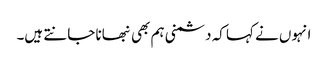
انہوں نے کہا کہ دشمنی ہم بھی نبھانا جانتے ہیں۔